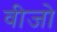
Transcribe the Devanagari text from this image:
वीजो